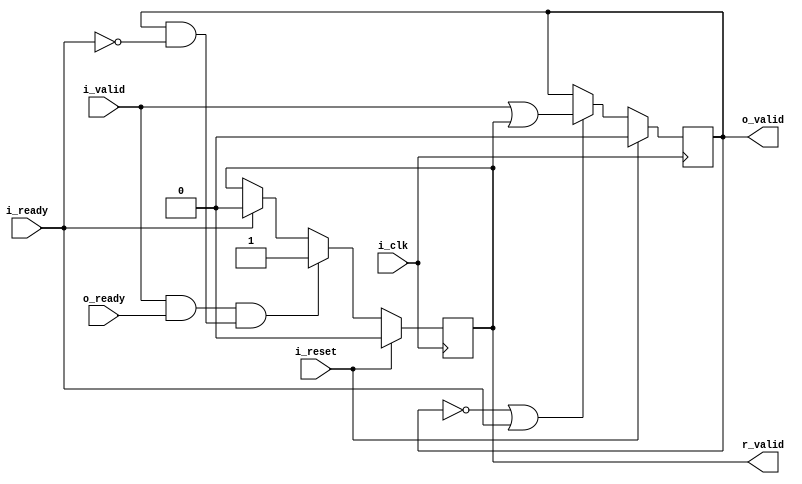
module valid_dp
(
	input	wire	i_clk, i_reset, i_valid, i_ready, o_ready,
	output	reg	o_valid, r_valid
);

initial r_valid = 0;
always@(posedge i_clk)
begin
	if(i_reset)
		r_valid <= 0;
	else if((i_valid && o_ready) && (o_valid && !i_ready))	//have incoming data, but the output is stalled
		r_valid <= 1;
	else if(i_ready)	//data has already go
		r_valid <= 0;
end



initial	o_valid = 0;	//reg out
always@(posedge i_clk)
	begin
		if(i_reset)
			o_valid <= 0;
		else if (!o_valid || i_ready)
			o_valid <= (i_valid || r_valid);
	end

endmodule